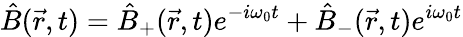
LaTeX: \hat{B}(\vec{r},t)=\hat{B}_{+}(\vec{r},t)e^{-i\omega_{0}t}+\hat{B}_{-}(\vec{r},t)e^{i\omega_{0}t}